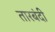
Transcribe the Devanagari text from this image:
तारबंदी